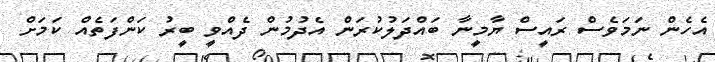
އެހެން ނަމަވެސް ރައީސް ޔާމީނާ ބައްދަލުކުރަން އެދުމުން ދެއްވީ ބީރު ކަންފަތެއް ކަމަށް